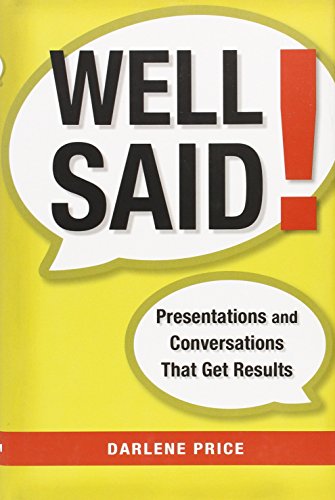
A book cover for Well Said!: Presentations and Conversations That Get Results; Darlene Price; Business & Money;